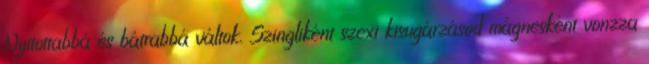
Nyitottabbá és bátrabbá váltok. Szingliként szexi kisugárzásod mágnesként vonzza